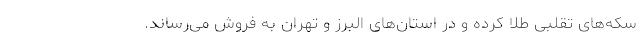
سکه‌های تقلبی طلا کرده و در استان‌های البرز و تهران به فروش می‌رساند.